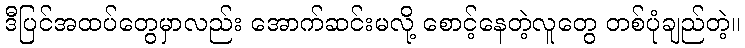
ဒီပြင်အထပ်တွေမှာလည်း အောက်ဆင်းမလို့ စောင့်နေတဲ့လူတွေ တစ်ပုံချည်တဲ့။